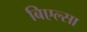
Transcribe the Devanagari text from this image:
बिएल्सा